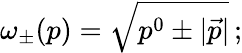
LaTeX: \omega_{\pm}(p)=\sqrt{p^{0}\pm|\vec{p}|}\, ;